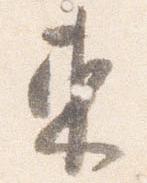
東